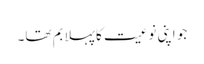
جو اپنی نوعیت کا پہلا بم تھا۔